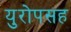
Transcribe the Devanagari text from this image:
युरोपसह